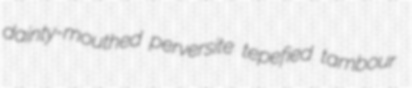
dainty-mouthed perversite tepefied tambour